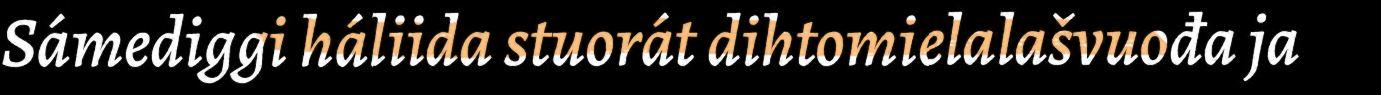
Sámediggi háliida stuorát dihtomielalašvuođa ja